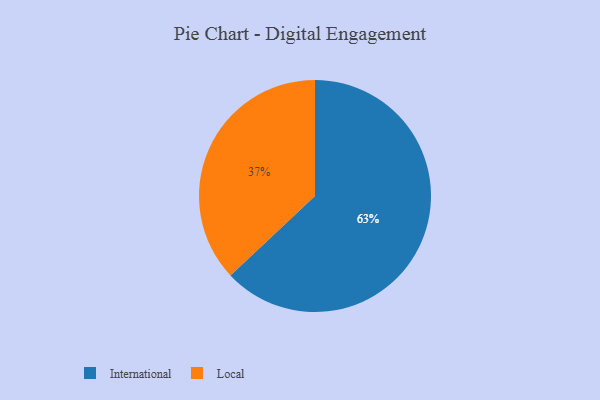
{"axis": {"x": "Category", "y": "Percentage"}, "legend": ["International", "Local"], "data": [{"x": "International", "y": 63, "type": "International"}, {"x": "Local", "y": 37, "type": "Local"}]}